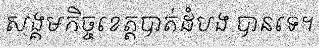
សង្គមកិច្ចខេត្តបាត់ដំបង បានទេ។